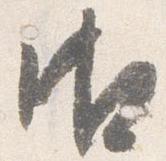
御